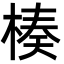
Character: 楱